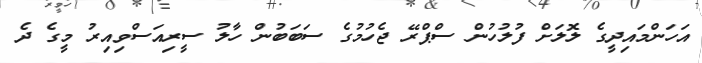
އަހަންމައިދީގެ ލޮލަށް ފުލުހުން ސްޕްރޭ ޖެހުމުގެ ސަބަބުން ހާލު ސީރިއަސްވިއިރު މީގެ ދެ